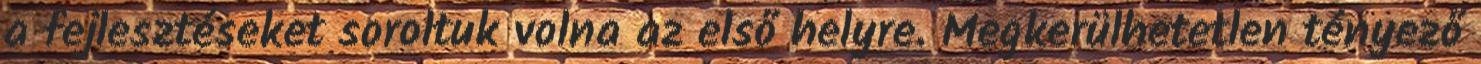
a fejlesztéseket soroltuk volna az első helyre. Megkerülhetetlen tényező